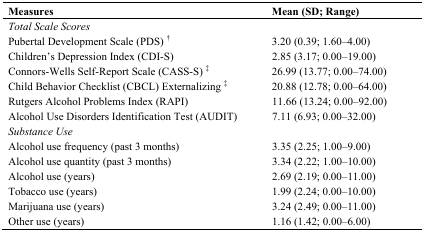
<table><thead><tr><td><b>Measures</b></td><td><b>Mean (SD; Range)</b></td></tr></thead><tbody><tr><td colspan="2"><i>Total Scale Scores</i></td></tr><tr><td>Pubertal Development Scale (PDS) <sup>†</sup></td><td>3.20 (0.39; 1.60–4.00)</td></tr><tr><td>Children’s Depression Index (CDI-S) </td><td>2.85 (3.17; 0.00–19.00)</td></tr><tr><td>Connors-Wells Self-Report Scale (CASS-S) <sup>‡</sup></td><td>26.99 (13.77; 0.00–74.00)</td></tr><tr><td>Child Behavior Checklist (CBCL) Externalizing <sup>‡</sup></td><td>20.88 (12.78; 0.00–64.00)</td></tr><tr><td>Rutgers Alcohol Problems Index (RAPI)</td><td>11.66 (13.24; 0.00–92.00)</td></tr><tr><td>Alcohol Use Disorders Identification Test (AUDIT)</td><td>7.11 (6.93; 0.00–32.00)</td></tr><tr><td colspan="2"><i>Substance Use</i></td></tr><tr><td>Alcohol use frequency (past 3 months)</td><td>3.35 (2.25; 1.00–9.00)</td></tr><tr><td>Alcohol use quantity (past 3 months)</td><td>3.34 (2.22; 1.00–10.00)</td></tr><tr><td>Alcohol use (years)</td><td>2.69 (2.19; 0.00–11.00)</td></tr><tr><td>Tobacco use (years)</td><td>1.99 (2.24; 0.00–10.00)</td></tr><tr><td>Marijuana use (years)</td><td>3.24 (2.49; 0.00–11.00)</td></tr><tr><td>Other use (years)</td><td>1.16 (1.42; 0.00–6.00)</td></tr></tbody></table>